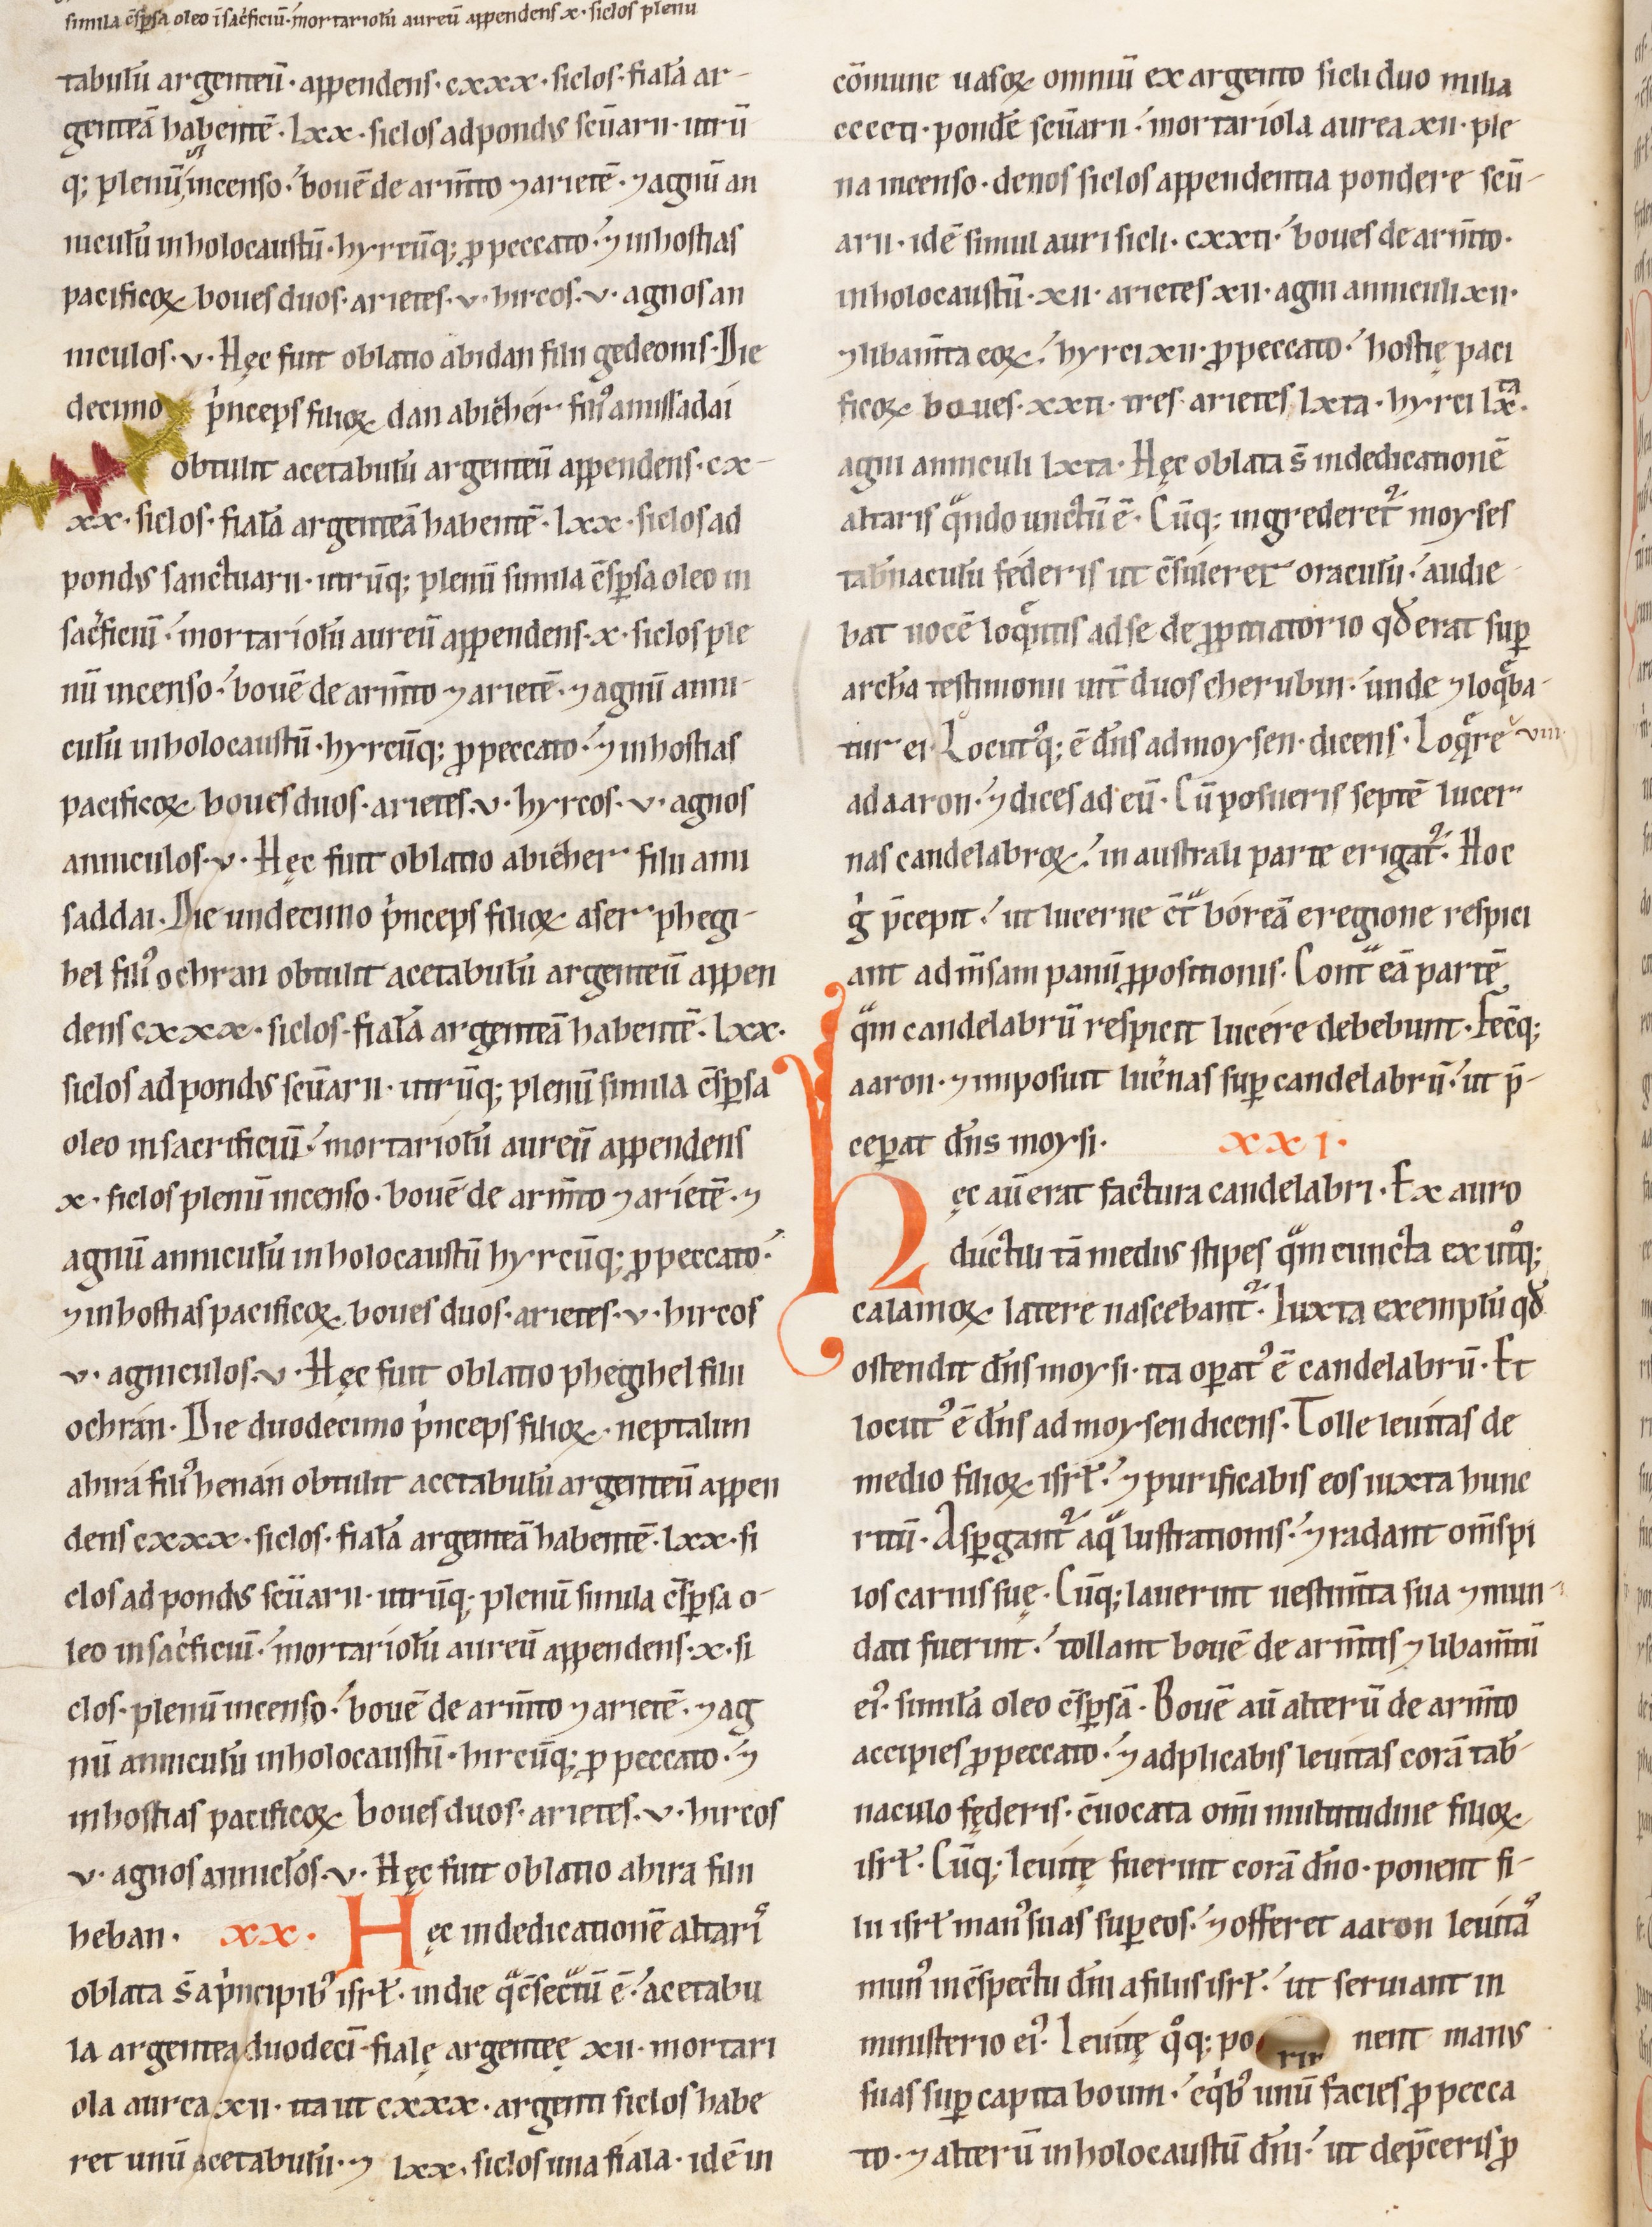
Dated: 1100–1199